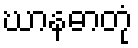
ဃာနဓာတုံ